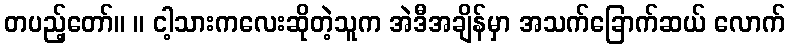
တပည့်တော်။ ။ ငါ့သားကလေးဆိုတဲ့သူက အဲဒီအချိန်မှာ အသက်ခြောက်ဆယ် လောက်